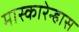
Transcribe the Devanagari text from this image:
मास्कारेन्हास